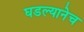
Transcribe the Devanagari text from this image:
घडल्यानेच